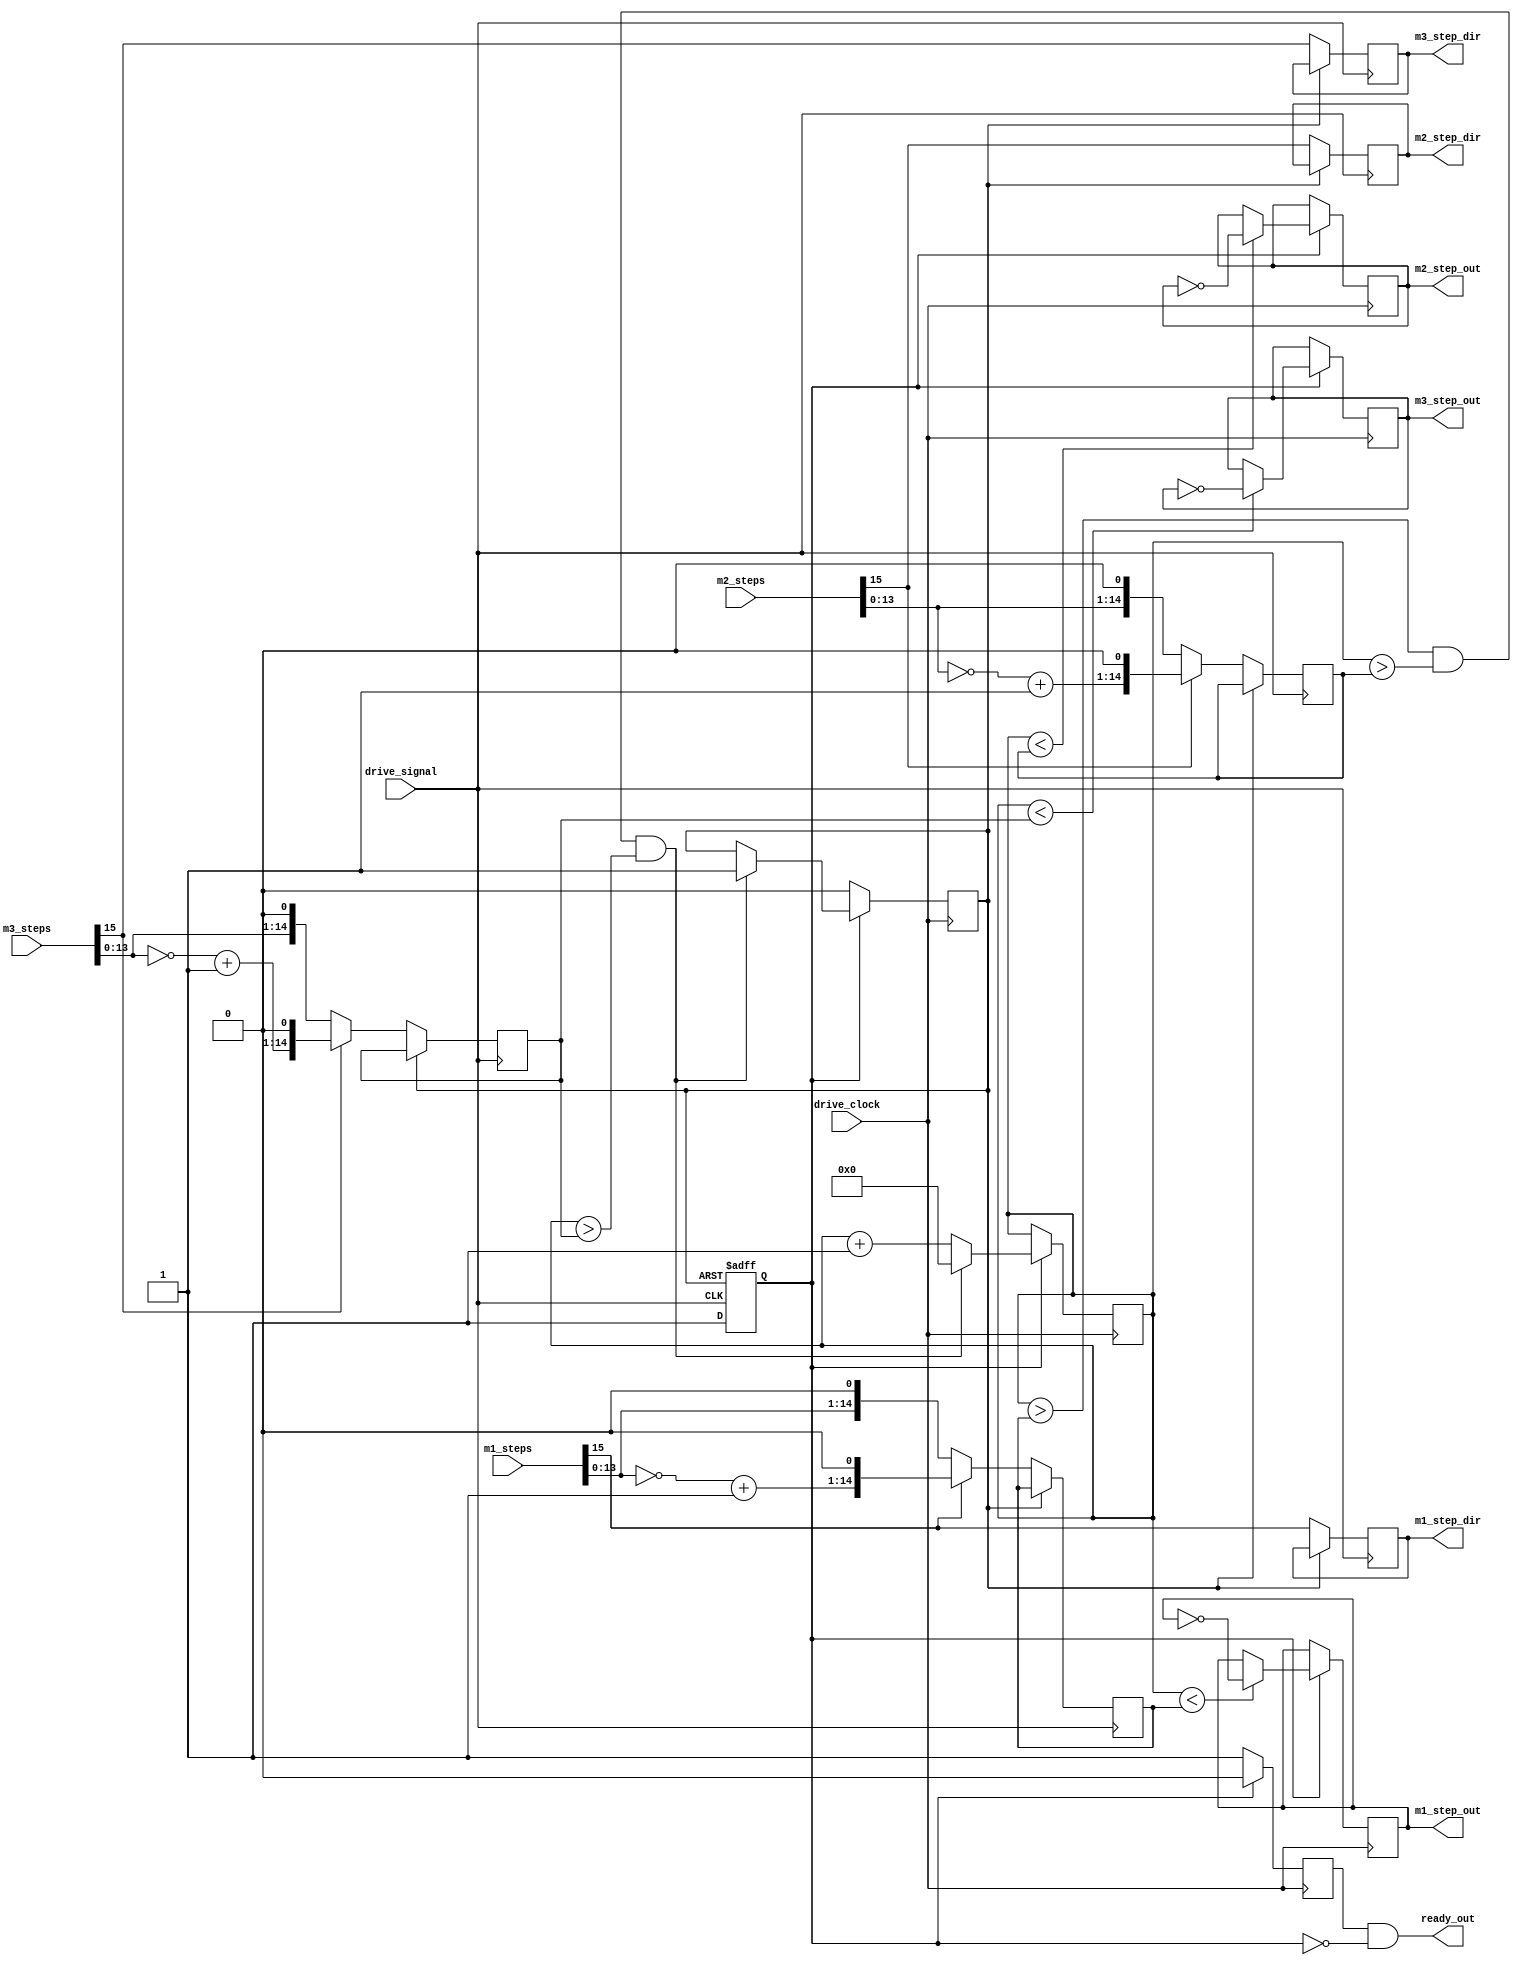
module motor_driver(input [15:0] m1_steps, input [15:0] m2_steps, input [15:0] m3_steps, input drive_signal, input drive_clock, 
						  output reg m1_step_out, output reg m2_step_out, output reg m3_step_out,
						  output reg m1_step_dir, output reg m2_step_dir, output reg m3_step_dir,
						  output wire ready_out);
	//bit 15 of each step signal is direction, 14-0 are the number of steps
	reg driving = 1'b0;
	reg [15:0] counter = 16'b0;
	reg [14:0] m1_steps_todo;
	reg [14:0] m2_steps_todo;
	reg [14:0] m3_steps_todo;
	reg done_driving_signal = 1'b0;
	reg ready = 1'b1;
	
	assign ready_out = ready && !driving;
	
	//Whenever the drive signal goes high begin driving motors.
	//Set driving to true, set directions
	always @(posedge drive_signal, posedge done_driving_signal) begin
		if(done_driving_signal == 1'b1) 
			driving <= 1'b0;
		else begin
			driving <= 1'b1;
			m1_step_dir <= m1_steps[15];
			m2_step_dir <= m2_steps[15];
			m3_step_dir <= m3_steps[15];
			if(!m1_steps[15])
				m1_steps_todo <= (m1_steps[14:0] << 1);
			else
				m1_steps_todo <= (~(m1_steps[14:0]) + 1'b1) << 1;
			if(!m2_steps[15])
				m2_steps_todo <= (m2_steps[14:0] << 1);
			else
				m2_steps_todo <= (~(m2_steps[14:0]) + 1'b1) << 1;
			if(!m3_steps[15])
				m3_steps_todo <= (m3_steps[14:0] << 1);
			else
				m3_steps_todo <= (~(m3_steps[14:0]) + 1'b1) << 1;	
		end	
	end
	
	//On every drive clock check if currently driving
	always @(posedge drive_clock) begin
		if(driving == 1'b1) begin
			ready <= 1'b0;
			if(counter < m1_steps_todo)
				m1_step_out <= ~m1_step_out;
			if(counter < m2_steps_todo)
				m2_step_out <= ~m2_step_out;
			if(counter < m3_steps_todo)
				m3_step_out <= ~m3_step_out;
			
			counter <= counter + 1'b1;
			
			if(counter > m1_steps_todo && counter > m2_steps_todo && counter > m3_steps_todo) begin
				counter <= 15'd0;
				done_driving_signal <= 1'b1;
			end
		end
		else begin
			ready <= 1'b1;
			done_driving_signal <= 1'b0;
		end
	end

endmodule